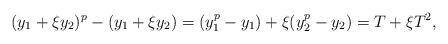
LaTeX: \begin{align*}(y_1+\xi y_2)^p-(y_1+\xi y_2)=(y_1^p-y_1)+\xi (y_2^p-y_2)=T+\xi T^2,\end{align*}